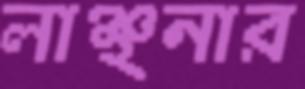
লাঞ্ছনার